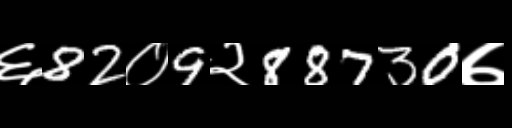
Text: ६82०9२88730७